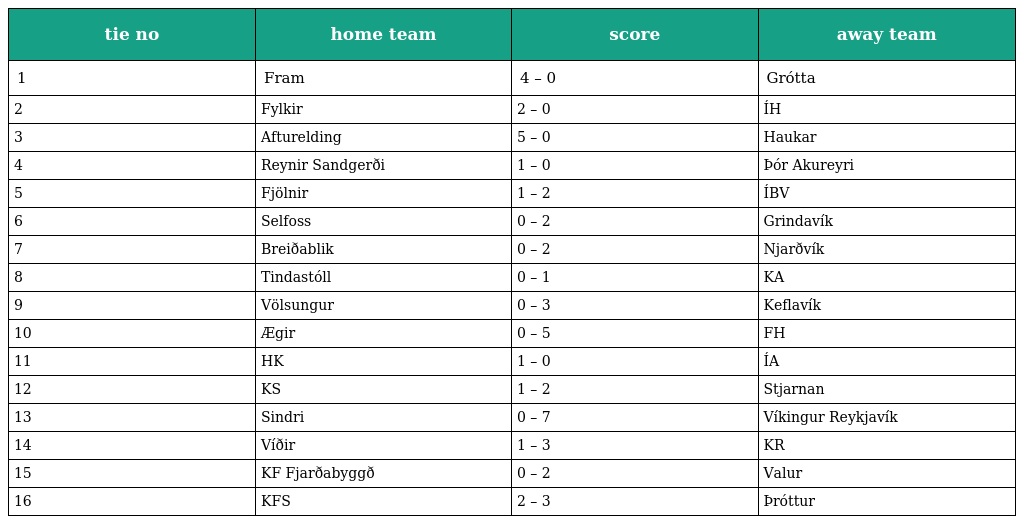
| tie no | home team | score | away team |
 | --- | --- | --- | --- |
 | 1 | Fram | 4 – 0 | Grótta |
 | 2 | Fylkir | 2 – 0 | ÍH |
 | 3 | Afturelding | 5 – 0 | Haukar |
 | 4 | Reynir Sandgerði | 1 – 0 | Þór Akureyri |
 | 5 | Fjölnir | 1 – 2 | ÍBV |
 | 6 | Selfoss | 0 – 2 | Grindavík |
 | 7 | Breiðablik | 0 – 2 | Njarðvík |
 | 8 | Tindastóll | 0 – 1 | KA |
 | 9 | Völsungur | 0 – 3 | Keflavík |
 | 10 | Ægir | 0 – 5 | FH |
 | 11 | HK | 1 – 0 | ÍA |
 | 12 | KS | 1 – 2 | Stjarnan |
 | 13 | Sindri | 0 – 7 | Víkingur Reykjavík |
 | 14 | Víðir | 1 – 3 | KR |
 | 15 | KF Fjarðabyggð | 0 – 2 | Valur |
 | 16 | KFS | 2 – 3 | Þróttur |